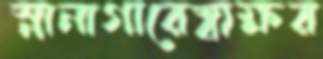
স্নানাগারেস্বাক্ষর